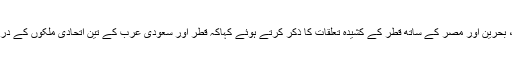
کویت کے نائب وزیر خارجہ خالد الجار اللہ نے سعودی عرب، متحدہ عرب امارات، بحرین اور مصر کے ساتھ قطر کے کشیدہ تعلقات کا ذکر کرتے ہوئے کہاکہ قطر اور سعودی عرب کے تین اتحادی ملکوں کے درمیان پائے جانے والے اختلافات کے حل کی فی الحال کوئی اُمید نظر نہیں آرہی ہے۔